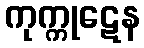
ကုက္ကုဋေန